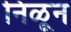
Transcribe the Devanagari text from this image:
निळून